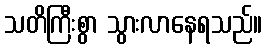
သတိကြီးစွာ သွားလာနေရသည်။